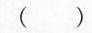
( )